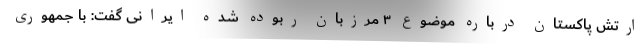
ارتش پاکستان درباره موضوع ۳ مرزبان ربوده شده ایرانی گفت: با جمهوری